DOW-UAP-D65, Mission Report, Persian Gulf, July 2020
Agency: Department of War
Incident date: 7/16/20
Incident location: Persian Gulf
Page 2
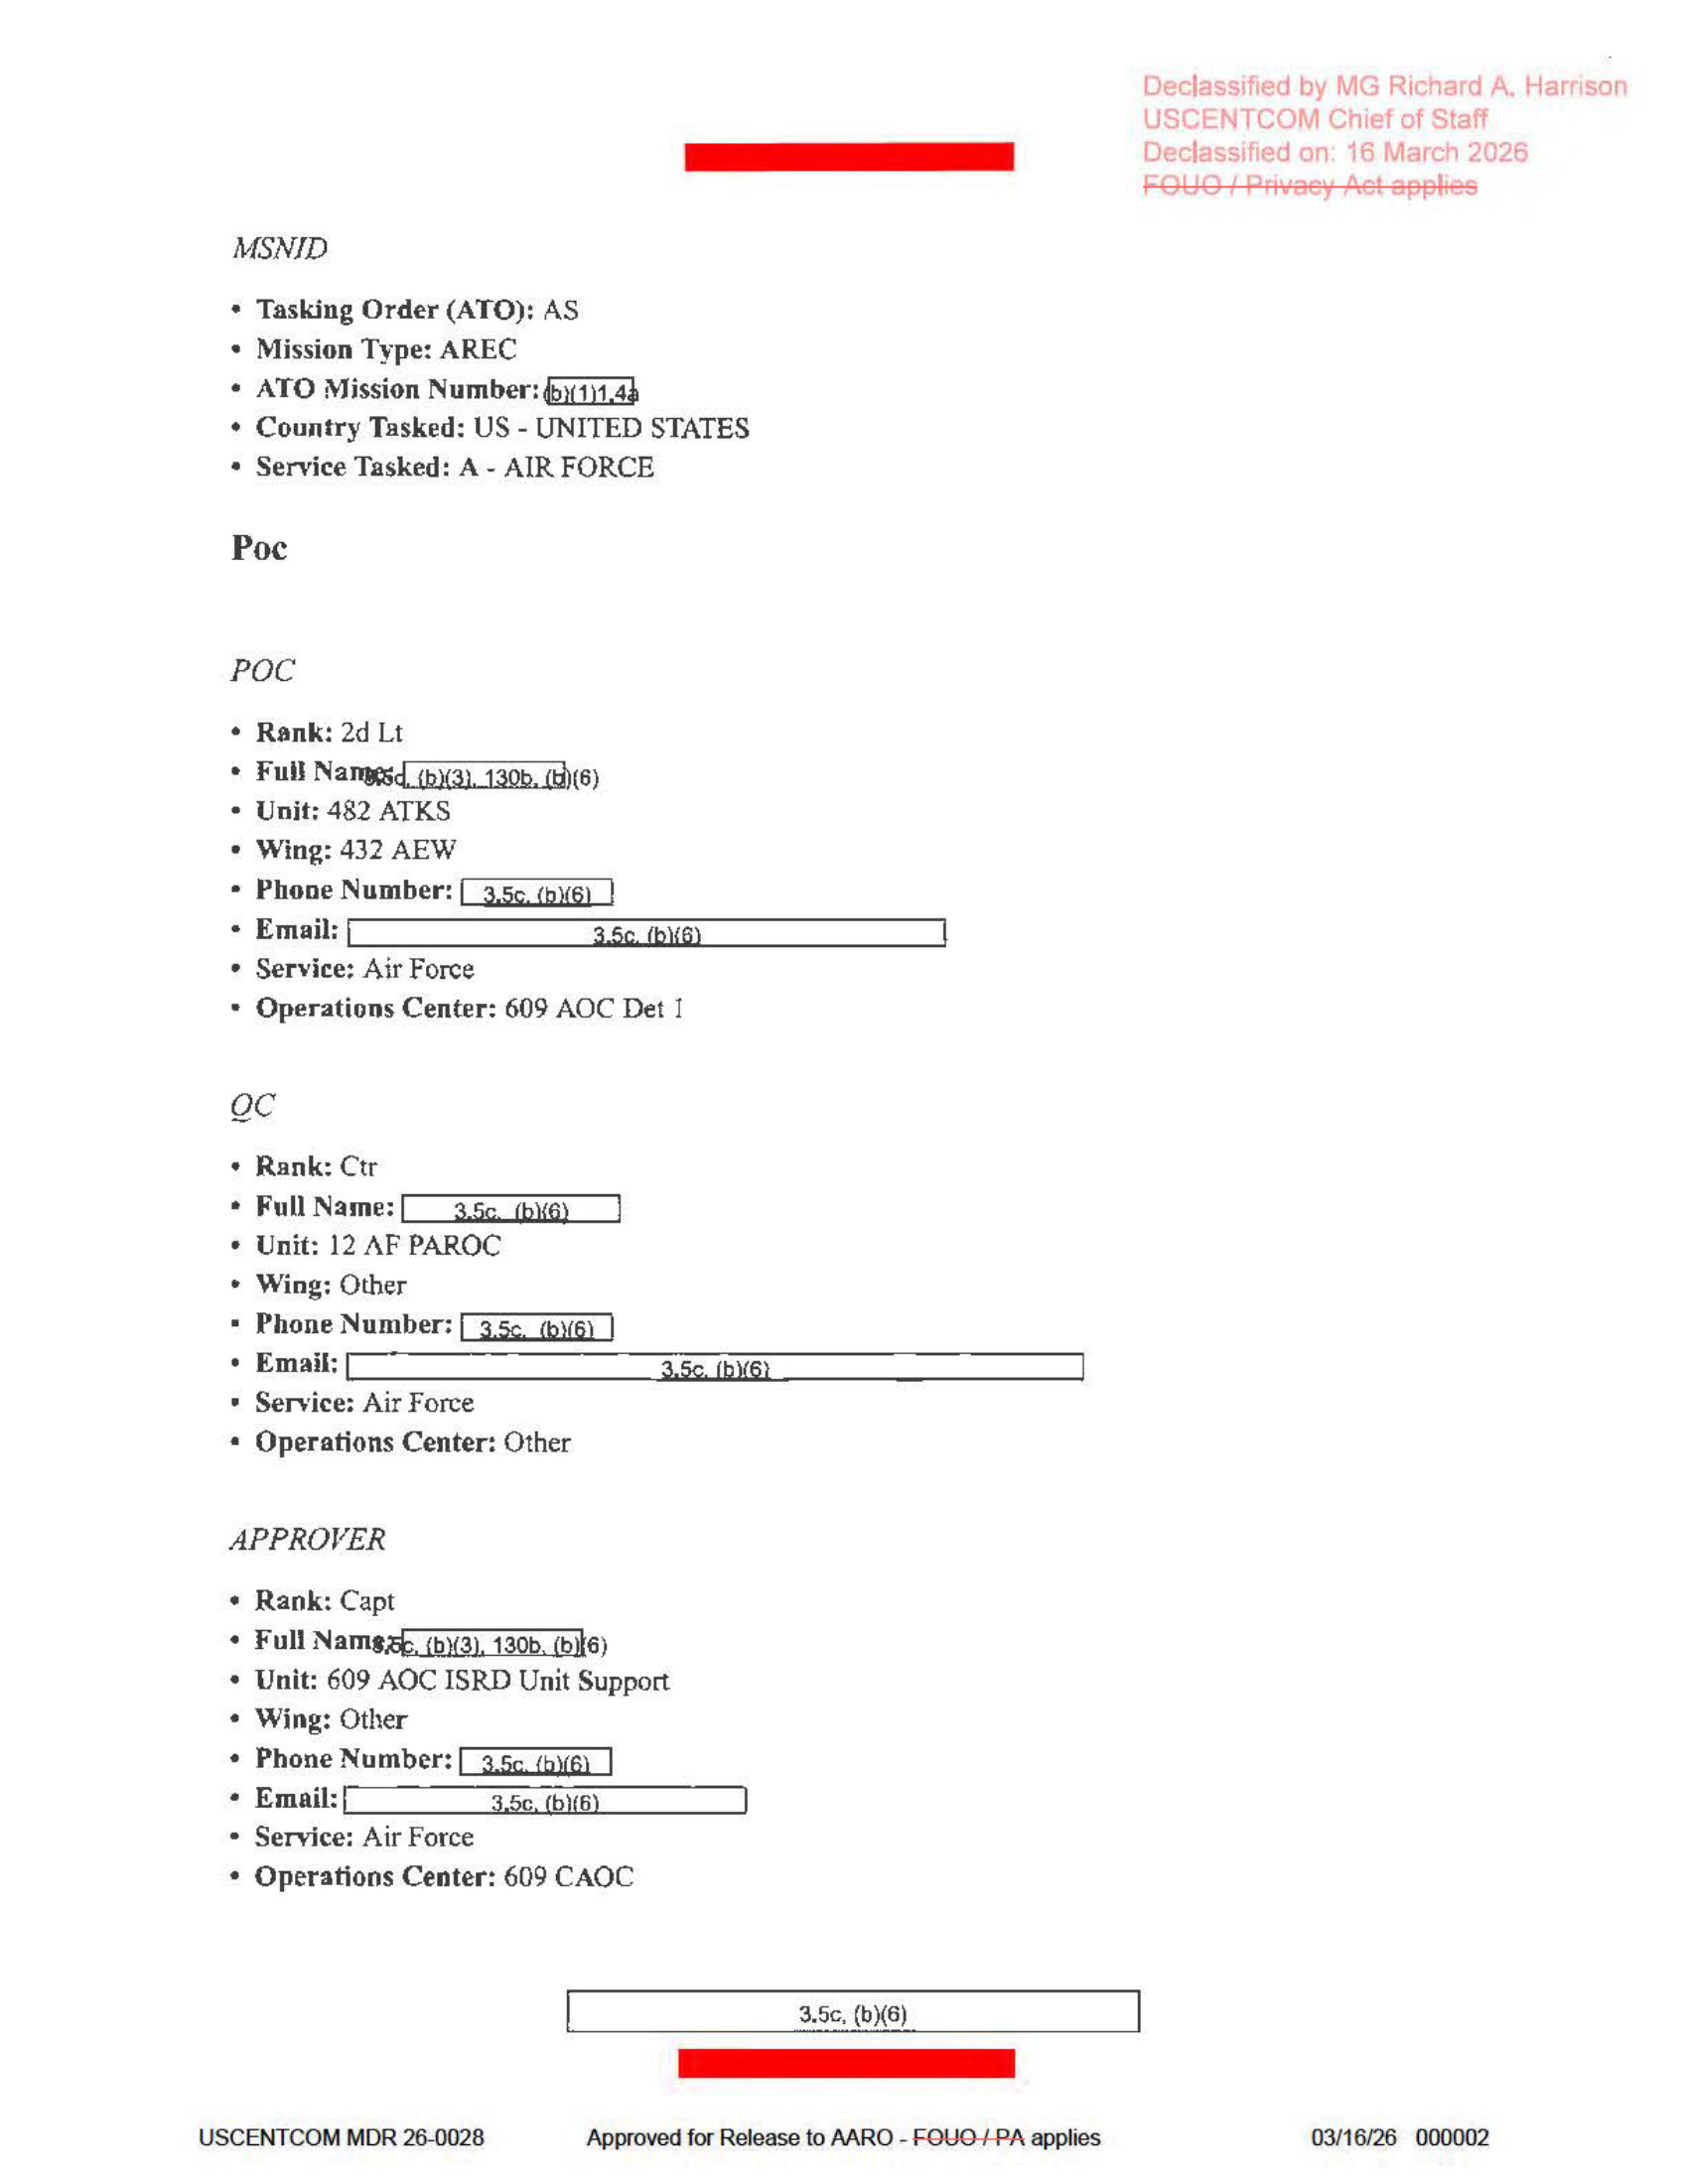